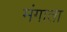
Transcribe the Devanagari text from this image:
मंगाता